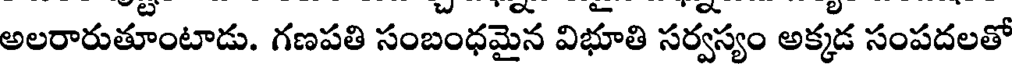
అలరారుతూంటాడు. గణపతి సంబంధమైన విభూతి సర్వస్యం అక్కడ సంపదలతో